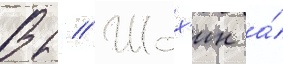
В // Шох'ин а́